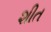
શીત